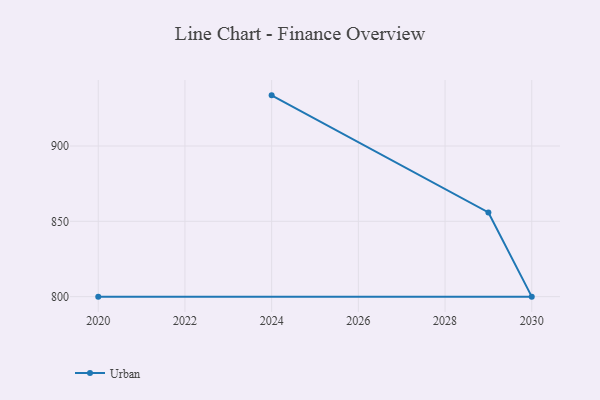
{"axis": {"x": "Year", "y": "Customer Acquisition Cost (USD)"}, "legend": ["Urban"], "data": [{"x": "2024", "y": 933.6, "type": "Urban"}, {"x": "2029", "y": 855.9, "type": "Urban"}, {"x": "2030", "y": 800, "type": "Urban"}, {"x": "2020", "y": 800, "type": "Urban"}]}